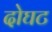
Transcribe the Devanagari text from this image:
दोघट